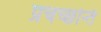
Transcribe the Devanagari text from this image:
प्रचच्छन्ति